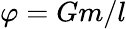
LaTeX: \varphi=Gm/l